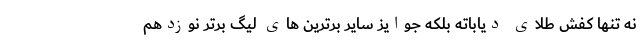
نه تنها کفش طلای دیاباته بلکه جوایز سایر برترین های لیگ برتر نوزدهم